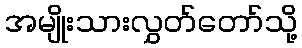
အမျိုးသားလွှတ်တော်သို့